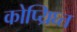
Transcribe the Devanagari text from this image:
कोप्य्रिघ्त